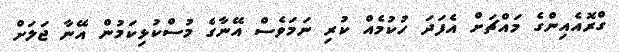
ގްރޮއެއިންގެ މައްޗަށް އެފަދަ ހުކުމެއް ކުރި ނަމަވެސް އޭނާގެ މުސްކުޅިކަމުން އޭނާ ޖަލަށް